EKP_Harju_Rajoonikomitee, lk 6
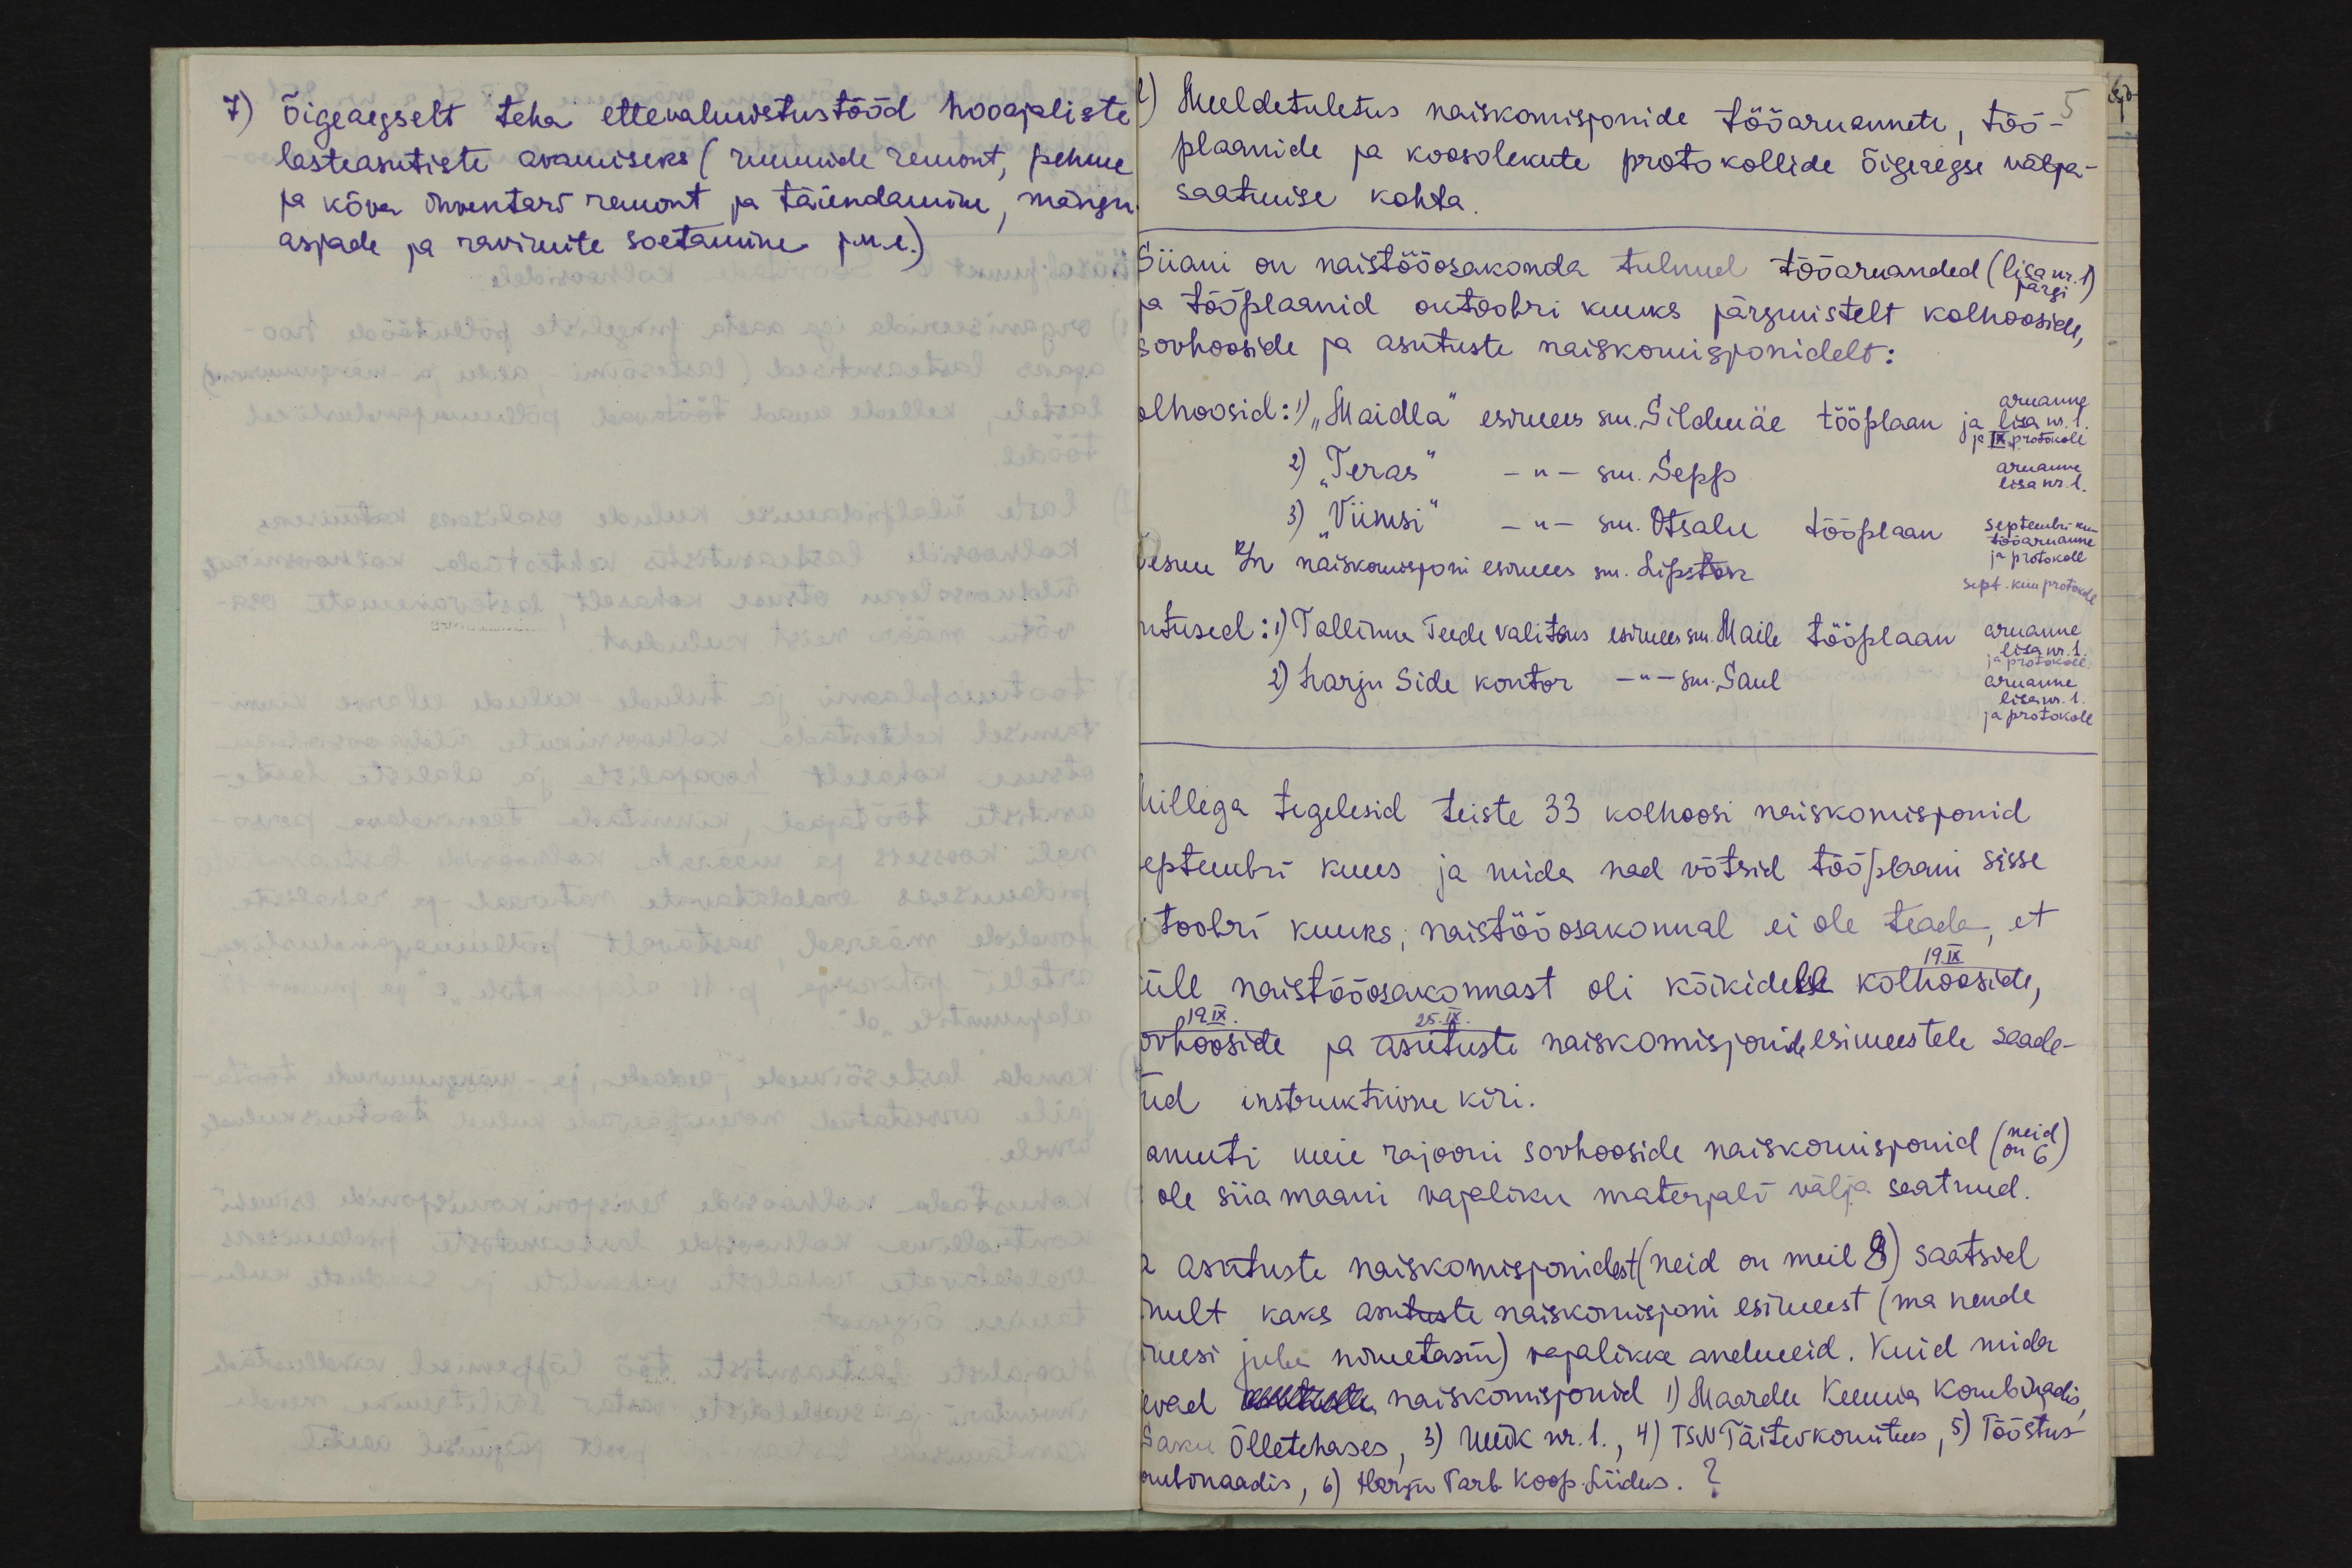
7) õigeaegselt teha ettevalmistustööd hooajaliste
lasteasutiste avamiseks (ruumide remont, pehme
asjade ja ravimite soetamine j.n.e.)
ja kõva inventari remont ja täiendamine, mängu

Meeldetuletus naiskomisjonide tööaruannete, töö-
5
plaanide ja koosolekute protokollide õigeaegse välja-
ja kõva inventari remont ja täiendamine, mängu
saatmise kohta
Siiani on naistöösakonda tulnud tööaruanded (lisa nr. 1)
järgi
ja tööplaanid oktoobri kuuks järgmistelt kolhooside
sovhooside ja asutuste naiskomisjonidelt:
olhoosid: 1) "Maidla" esimees sm. Sildmäe tööplaan
aruanne
ja lisa nr. 1
ja IX protokoll
2) "Teras" - " - sm. Sepp
aruanne
lisa nr. 1
3) "Viimsi" - "- sm. Otsalu tööplaan
septembri-kuu
tööaruanne
pesuu k/n naiskomisjoni esimees sm. Lipstok.
ja protokoll
Sept. kuu protokoll
utused: 1) Tallinna Teede valitsus esimees sm. Maile tööplaan
aruanne
lisa nr. 1
ja protokoll
2) Harju Side kontor -"- sm. Saul
aruanne
lisa nr. 1
ja protokoll
Millega tegelesid teiste 33 kolhoosi naiskomisjonid.
septembri kuus ja mida nad võtsid tööplaani sisse,
toobri kuuks, naistööosakonnal ei ole teada, et
19.IX.
üle naistöösakonnast oli kõikidele kolhooside,
19IX.
25.IX.
sovhooside ja asutuste naiskomisjonide esimeestele saade-
ud instruktiivne kiri.
amuti meie rajooni sovhooside naiskomisjonid
(neid)
(on 6)
ole siia maani vajaliku materjali välja saatnud.
asutuste naiskomisjonidest (neid on meil 8) saatsid
nult kaks asutuste naiskomisjoni esimeest (ma nende
esi juba nimetasin) vajalikke andmeid. Kuid mida
evad xxx naiskomisjonid 1) Maardu Keemia Kombinaadis
Saku õlletehases, 3) Uurk nr. 1., 4) TSN Täitevkomitees, 5) Tööstus
mbinaadis, 6) Harju Tarb. Koop. Liidus. ?